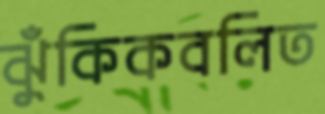
ঝুঁকিকবলিত